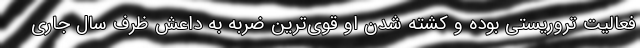
فعالیت تروریستی بوده و کشته شدن او قوی‌ترین ضربه به داعش ظرف سال جاری